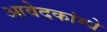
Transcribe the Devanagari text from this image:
आवेदकांम्धे